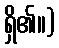
ရှိ၏။)